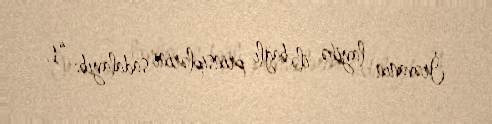
İrəvanın layihə ilə bağlı prinsiplərini sadalayıb: “1.